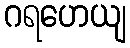
ဂရဟေယျ